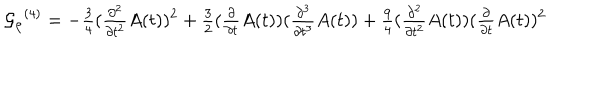
{ { \cal { G } } _ { \rho } } ^ { { ( 4 ) } } = - { \textstyle \frac { 3 } { 4 } } ( { \textstyle \frac { \partial ^ { 2 } } { \partial t ^ { 2 } } } { A } ( t ) ) ^ { 2 } + { \textstyle \frac { 3 } { 2 } } ( { \textstyle \frac { \partial } { \partial t } } { A } ( t ) ) ( { \textstyle \frac { \partial ^ { 3 } } { \partial t ^ { 3 } } } { A } ( t ) ) + { \textstyle \frac { 9 } { 4 } } ( { \textstyle \frac { \partial ^ { 2 } } { \partial t ^ { 2 } } } { A } ( t ) ) ( { \textstyle \frac { \partial } { \partial t } } { A } ( t ) ) ^ { 2 }